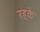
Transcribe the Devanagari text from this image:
रहके